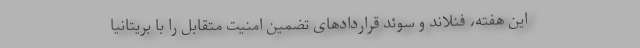
این هفته، فنلاند و سوئد قراردادهای تضمین امنیت متقابل را با بریتانیا